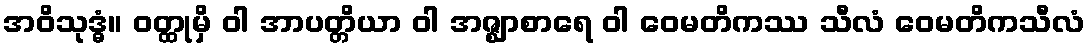
အဝိသုဒ္ဓံ။ ဝတ္ထုမှိ ဝါ အာပတ္တိယာ ဝါ အဇ္ဈာစာရေ ဝါ ဝေမတိကဿ သီလံ ဝေမတိကသီလံ